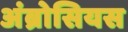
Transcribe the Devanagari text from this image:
अंब्रोसियस